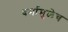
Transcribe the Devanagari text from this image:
धर्मामुळेच